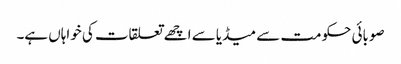
صوبائی حکومت سے میڈیا سے اچھے تعلقات کی خواہاں ہے۔